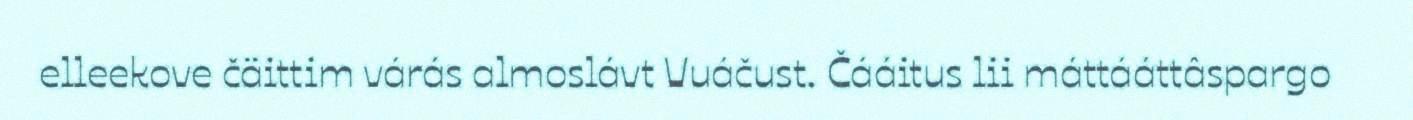
elleekove čäittim várás almoslávt Vuáčust. Čááitus lii máttááttâspargo